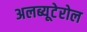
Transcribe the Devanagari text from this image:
अलब्यूटेरोल